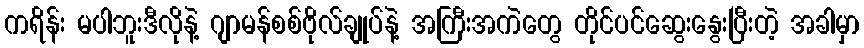
ကရိန်း မပါဘူးဒီလိုနဲ့ ဂျာမန်စစ်ဗိုလ်ချုပ်နဲ့ အကြီးအကဲတွေ တိုင်ပင်ဆွေးနွေးပြီးတဲ့ အခါမှာ